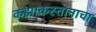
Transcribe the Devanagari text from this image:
कझाकस्तानाचा